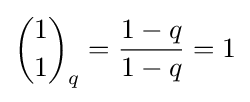
{1 \choose 1}_{q}={\frac {1-q}{1-q}}=1